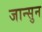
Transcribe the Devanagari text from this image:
जान्सुन